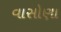
વાસોણા